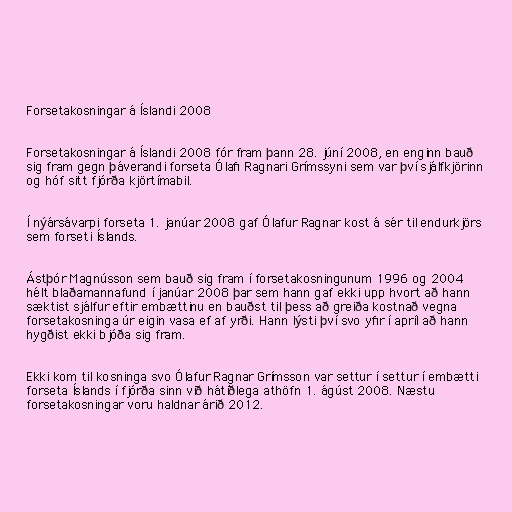
Forsetakosningar á Íslandi 2008

Forsetakosningar á Íslandi 2008 fór fram þann 28. júní 2008, en enginn bauð
sig fram gegn þáverandi forseta Ólafi Ragnari Grímssyni sem var því sjálfkjörinn
og hóf sitt fjórða kjörtímabil.

Í nýársávarpi forseta 1. janúar 2008 gaf Ólafur Ragnar kost á sér til endurkjörs
sem forseti Íslands.

Ástþór Magnússon sem bauð sig fram í forsetakosningunum 1996 og 2004
hélt blaðamannafund í janúar 2008 þar sem hann gaf ekki upp hvort að hann
sæktist sjálfur eftir embættinu en bauðst til þess að greiða kostnað vegna
forsetakosninga úr eigin vasa ef af yrði. Hann lýsti því svo yfir í apríl að hann
hygðist ekki bjóða sig fram.

Ekki kom til kosninga svo Ólafur Ragnar Grímsson var settur í settur í embætti
forseta Íslands í fjórða sinn við hátíðlega athöfn 1. ágúst 2008. Næstu
forsetakosningar voru haldnar árið 2012.